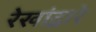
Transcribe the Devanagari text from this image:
रेखांद्वारे